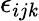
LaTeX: \epsilon_{ij\mathit{k}}